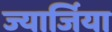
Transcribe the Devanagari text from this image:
ज्यार्जिया